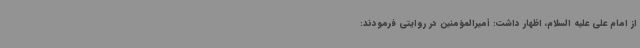
از امام علی علیه السلام، اظهار داشت: أمیرالمؤمنین در روایتی فرمودند: